Indian journal of veterinary science and animal husbandry - Volume 13,
Year: 1943
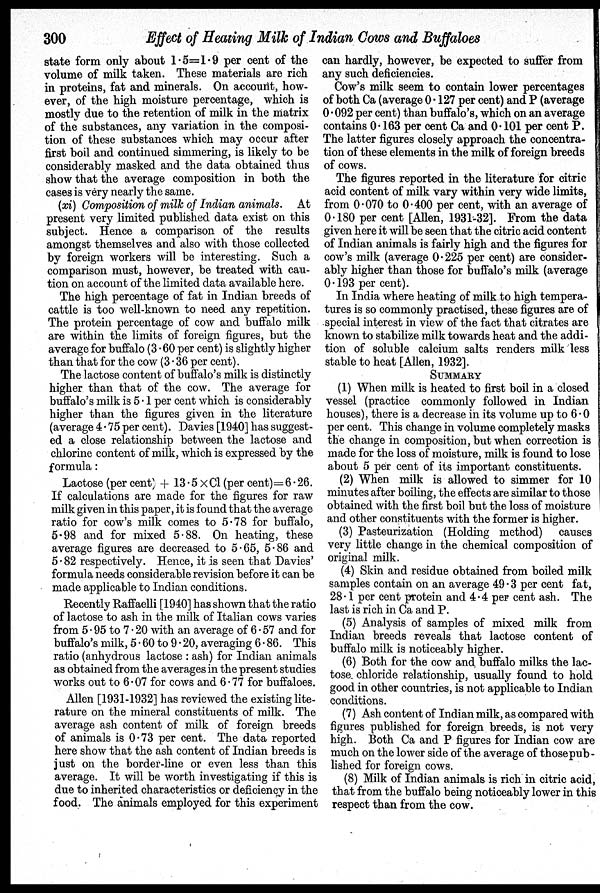
300 Effect of Heating Milk of Indian Cows and Buffaloes
state form only about 1.5=1.9 per cent of the
volume of milk taken. These materials are rich
in proteins, fat and minerals. On account, how-
ever, of the high moisture percentage, which is
mostly due to the retention of milk in the matrix
of the substances, any variation in the composi-
tion of these substances which may occur after
first boil and continued simmering, is likely to be
considerably masked and the data obtained thus
show that the average composition in both the
cases is very nearly the same.
(xi) Composition of milk of Indian animals. At
present very limited published data exist on this
subject. Hence a comparison of the results
amongst themselves and also with those collected
by foreign workers will be interesting. Such a
comparison must, however, be treated with cau-
tion on account of the limited data available here.
The high percentage of fat in Indian breeds of
cattle is too well-known to need any repetition.
The protein percentage of cow and buffalo milk
are within the limits of foreign figures, but the
average for buffalo (3.60 per cent) is slightly higher
than that for the cow (3.36 per cent).
The lactose content of buffalo's milk is distinctly
higher than that of the cow. The average for
buffalo's milk is 5.1 per cent which is considerably
higher than the figures given in the literature
(average 4.75 per cent). Davies [1940] has suggest-
ed a close relationship between the lactose and
chlorine content of milk, which is expressed by the
formula :
Lactose (per cent) + 13.5 × Cl (per cent)=6.26.
If calculations are made for the figures for raw
milk given in this paper, it is found that the average
ratio for cow's milk comes to 5.78 for buffalo,
5.98 and for mixed 5.88. On heating, these
average figures are decreased to 5.65, 5.86 and
5.82 respectively. Hence, it is seen that Davies'
formula needs considerable revision before it can be
made applicable to Indian conditions.
Recently Raffaelli [1940] has shown that the ratio
of lactose to ash in the milk of Italian cows varies
from 5.95 to 7.20 with an average of 6.57 and for
buffalo's milk, 5.60 to 9.20, averaging 6.86. This
ratio (anhydrous lactose : ash) for Indian animals
as obtained from the averages in the present studies
works out to 6.07 for cows and 6.77 for buffaloes.
Allen [1931-1932] has reviewed the existing lite-
rature on the mineral constituents of milk. The
average ash content of milk of foreign breeds
of animals is 0.73 per cent. The data reported
here show that the ash content of Indian breeds is
just on the border-line or even less than this
average. It will be worth investigating if this is
due to inherited characteristics or deficiency in the
food. The animals employed for this experiment
can hardly, however, be expected to suffer from
any such deficiencies.
Cow's milk seem to contain lower percentages
of both Ca (average 0.127 per cent) and P (average
0.092 per cent) than buffalo's, which on an average
contains 0.163 per cent Ca and 0.101 per cent P.
The latter figures closely approach the concentra-
tion of these elements in the milk of foreign breeds
of cows.
The figures reported in the literature for citric
acid content of milk vary within very wide limits,
from 0.070 to 0.400 per cent, with an average of
0.180 per cent [Allen, 1931-32]. From the data
given here it will be seen that the citric acid content
of Indian animals is fairly high and the figures for
cow's milk (average 0.225 per cent) are consider-
ably higher than those for buffalo's milk (average
0.193 per cent).
In India where heating of milk to high tempera-
tures is so commonly practised, these figures are of
special interest in view of the fact that citrates are
known to stabilize milk towards heat and the addi-
tion of soluble calcium salts renders milk less
stable to heat [Allen, 1932].
SUMMARY
(1) When milk is heated to first boil in a closed
vessel (practice commonly followed in Indian
houses), there is a decrease in its volume up to 6.0
per cent. This change in volume completely masks
the change in composition, but when correction is
made for the loss of moisture, milk is found to lose
about 5 per cent of its important constituents.
(2) When milk is allowed to simmer for 10
minutes after boiling, the effects are similar to those
obtained with the first boil but the loss of moisture
and other constituents with the former is higher.
(3) Pasteurization (Holding method) causes
very little change in the chemical composition of
original milk.
(4) Skin and residue obtained from boiled milk
samples contain on an average 49.3 per cent fat,
28.1 per cent protein and 4.4 per cent ash. The
last is rich in Ca and P.
(5) Analysis of samples of mixed milk from
Indian breeds reveals that lactose content of
buffalo milk is noticeably higher.
(6) Both for the cow and buffalo milks the lac-
tose chloride relationship, usually found to hold
good in other countries, is not applicable to Indian
conditions.
(7) Ash content of Indian milk, as compared with
figures published for foreign breeds, is not very
high. Both Ca and P figures for Indian cow are
much on the lower side of the average of those pub-
lished for foreign cows.
(8) Milk of Indian animals is rich in citric acid,
that from the buffalo being noticeably lower in this
respect than from the cow.